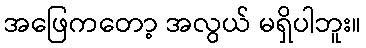
အဖြေကတော့ အလွယ် မရှိပါဘူး။